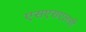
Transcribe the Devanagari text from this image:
एसएसएलसी